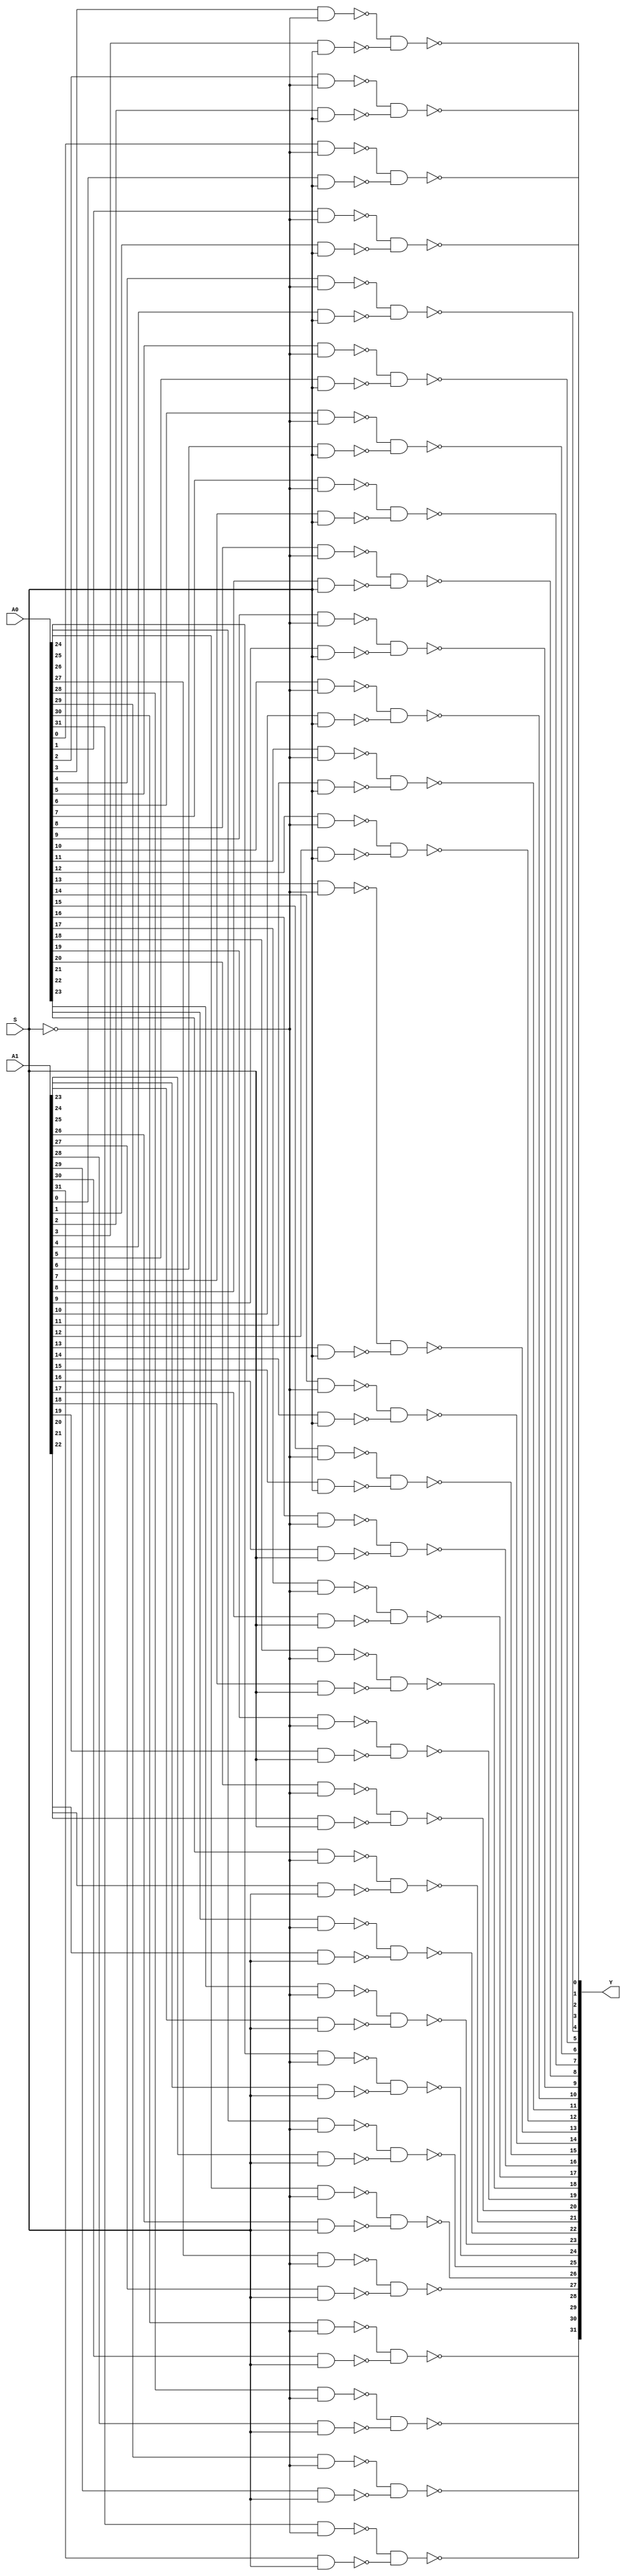
`timescale 1ns / 1ps
//////////////////////////////////////////////////////////////////////////////////
// Company: 
// Engineer: 
// 
// Design Name: 
// Module Name: MUX2X32
// Project Name: 
// Target Devices: 
// Tool Versions: 
// Description: 
// 
// Dependencies: 
// 
// Revision:
// Revision 0.01 - File Created
// Additional Comments:
// 
//////////////////////////////////////////////////////////////////////////////////


module MUX2X32(A0, A1, S, Y);
    input [31:0] A0,A1;
    input S;
    output [31:0] Y;
    wire [31:0] A0_S, A1_S;
    wire S_n;
    not (S_n, S);
    nand (A0_S[0], A0[0], S_n);
	nand (A1_S[0], A1[0], S);
	nand (Y[0], A0_S[0], A1_S[0]);
	nand (A0_S[1], A0[1], S_n);
	nand (A1_S[1], A1[1], S);
	nand (Y[1], A0_S[1], A1_S[1]);
	nand (A0_S[2], A0[2], S_n);
	nand (A1_S[2], A1[2], S);
	nand (Y[2], A0_S[2], A1_S[2]);
	nand (A0_S[3], A0[3], S_n);
	nand (A1_S[3], A1[3], S);
	nand (Y[3], A0_S[3], A1_S[3]);
	nand (A0_S[4], A0[4], S_n);
	nand (A1_S[4], A1[4], S);
	nand (Y[4], A0_S[4], A1_S[4]);
	nand (A0_S[5], A0[5], S_n);
	nand (A1_S[5], A1[5], S);
	nand (Y[5], A0_S[5], A1_S[5]);
	nand (A0_S[6], A0[6], S_n);
	nand (A1_S[6], A1[6], S);
	nand (Y[6], A0_S[6], A1_S[6]);
	nand (A0_S[7], A0[7], S_n);
	nand (A1_S[7], A1[7], S);
	nand (Y[7], A0_S[7], A1_S[7]);
	nand (A0_S[8], A0[8], S_n);
	nand (A1_S[8], A1[8], S);
	nand (Y[8], A0_S[8], A1_S[8]);
	nand (A0_S[9], A0[9], S_n);
	nand (A1_S[9], A1[9], S);
	nand (Y[9], A0_S[9], A1_S[9]);
	nand (A0_S[10], A0[10], S_n);
	nand (A1_S[10], A1[10], S);
	nand (Y[10], A0_S[10], A1_S[10]);
	nand (A0_S[11], A0[11], S_n);
	nand (A1_S[11], A1[11], S);
	nand (Y[11], A0_S[11], A1_S[11]);
	nand (A0_S[12], A0[12], S_n);
	nand (A1_S[12], A1[12], S);
	nand (Y[12], A0_S[12], A1_S[12]);
	nand (A0_S[13], A0[13], S_n);
	nand (A1_S[13], A1[13], S);
	nand (Y[13], A0_S[13], A1_S[13]);
	nand (A0_S[14], A0[14], S_n);
	nand (A1_S[14], A1[14], S);
	nand (Y[14], A0_S[14], A1_S[14]);
	nand (A0_S[15], A0[15], S_n);
	nand (A1_S[15], A1[15], S);
	nand (Y[15], A0_S[15], A1_S[15]);
	nand (A0_S[16], A0[16], S_n);
	nand (A1_S[16], A1[16], S);
	nand (Y[16], A0_S[16], A1_S[16]);
	nand (A0_S[17], A0[17], S_n);
	nand (A1_S[17], A1[17], S);
	nand (Y[17], A0_S[17], A1_S[17]);
	nand (A0_S[18], A0[18], S_n);
	nand (A1_S[18], A1[18], S);
	nand (Y[18], A0_S[18], A1_S[18]);
	nand (A0_S[19], A0[19], S_n);
	nand (A1_S[19], A1[19], S);
	nand (Y[19], A0_S[19], A1_S[19]);
	nand (A0_S[20], A0[20], S_n);
	nand (A1_S[20], A1[20], S);
	nand (Y[20], A0_S[20], A1_S[20]);
	nand (A0_S[21], A0[21], S_n);
	nand (A1_S[21], A1[21], S);
	nand (Y[21], A0_S[21], A1_S[21]);
	nand (A0_S[22], A0[22], S_n);
	nand (A1_S[22], A1[22], S);
	nand (Y[22], A0_S[22], A1_S[22]);
	nand (A0_S[23], A0[23], S_n);
	nand (A1_S[23], A1[23], S);
	nand (Y[23], A0_S[23], A1_S[23]);
	nand (A0_S[24], A0[24], S_n);
	nand (A1_S[24], A1[24], S);
	nand (Y[24], A0_S[24], A1_S[24]);
	nand (A0_S[25], A0[25], S_n);
	nand (A1_S[25], A1[25], S);
	nand (Y[25], A0_S[25], A1_S[25]);
	nand (A0_S[26], A0[26], S_n);
	nand (A1_S[26], A1[26], S);
	nand (Y[26], A0_S[26], A1_S[26]);
	nand (A0_S[27], A0[27], S_n);
	nand (A1_S[27], A1[27], S);
	nand (Y[27], A0_S[27], A1_S[27]);
	nand (A0_S[28], A0[28], S_n);
	nand (A1_S[28], A1[28], S);
	nand (Y[28], A0_S[28], A1_S[28]);
	nand (A0_S[29], A0[29], S_n);
	nand (A1_S[29], A1[29], S);
	nand (Y[29], A0_S[29], A1_S[29]);
	nand (A0_S[30], A0[30], S_n);
	nand (A1_S[30], A1[30], S);
	nand (Y[30], A0_S[30], A1_S[30]);
	nand (A0_S[31], A0[31], S_n);
	nand (A1_S[31], A1[31], S);
	nand (Y[31], A0_S[31], A1_S[31]);
endmodule